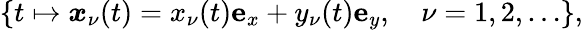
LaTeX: \{ t\mapsto\boldsymbol{x}_{\nu}(t)=x_{\nu}(t)\mathbf{e}_{x}+y_{\nu}(t)\mathbf{e}_{y},\quad\nu=1,2,\ldots\} ,